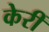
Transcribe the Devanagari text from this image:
केरीं